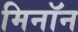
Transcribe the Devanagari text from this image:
मिनॉन